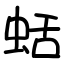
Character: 蛞